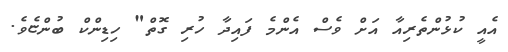
އެއީ ކުޅުންތެރިއާ އަށް ވެސް އެންމެ ފައިދާ ހުރި ގޮތް" ހިޑިންކް ބުންޏެވެ.